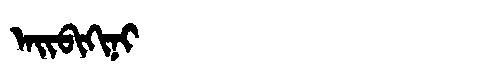
Manchu: ᠠᡳᠪᡳᡴᡳᠨᡳ
Romanization: AIBIKINI